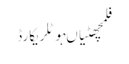
فلمچھٹیاںہوٹلریکارڈ